Civil Veterinary Department Bihar & Orissa reports 1911-21 - 1911-1921
Year: 1911
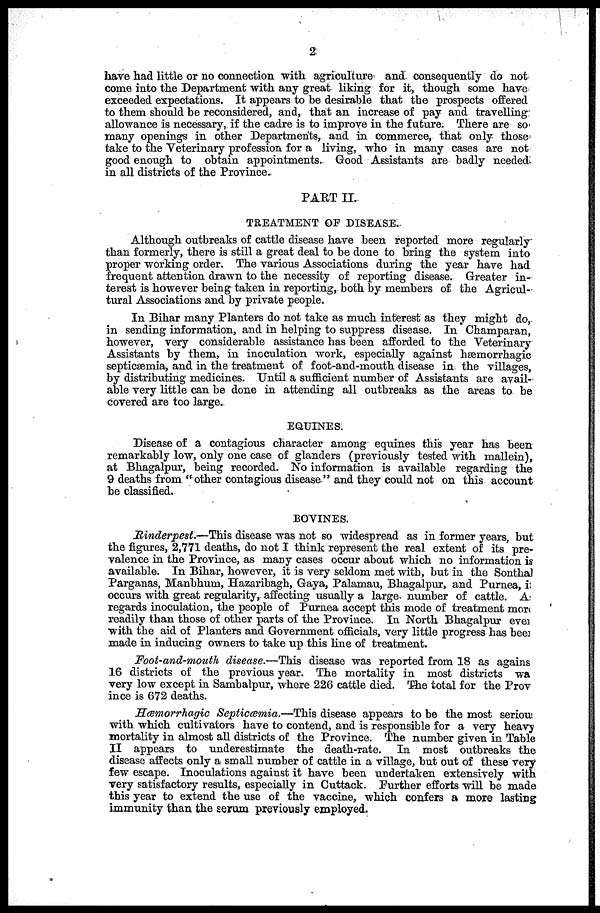
2
have had little or no connection with agriculture and consequently do not
come into the Department with any great liking for it, though some have
exceeded expectations. It appears to be desirable that the prospects offered
to them should be reconsidered, and, that an increase of pay and travelling
allowance is necessary, if the cadre is to improve in the future. There are so
many openings in other Departments, and in commerce, that only those
take to the Veterinary profession for a living, who in many cases are not
good enough to obtain appointments. Good Assistants are badly needed
in all districts of the Province.
PART II.
TREATMENT OF DISEASE.
Although outbreaks of cattle disease have been reported more regularly
than formerly, there is still a great deal to be done to bring the system into
proper working order. The various Associations during the year have had
frequent attention drawn to the necessity of reporting disease. Greater in-
terest is however being taken in reporting, both by members of the Agricul-
tural Associations and by private people.
In Bihar many Planters do not take as much interest as they might do,
in sending information, and in helping to suppress disease. In Champaran,
however, very considerable assistance has been afforded to the Veterinary
Assistants by them, in inoculation work, especially against hæmorrhagic
septicaemia, and in the treatment of foot-and-mouth disease in the villages,
by distributing medicines. Until a sufficient number of Assistants are avail-
able very little can be done in attending all outbreaks as the areas to be
covered are too large.
EQUINES.
Disease of a contagious character among equines this year has been
remarkably low, only one case of glanders (previously tested with mallein),
at Bhagalpur, being recorded. No information is available regarding the
9 deaths from "other contagious disease" and they could not on this account
be classified.
BOVINES.
Rinderpest.—This disease was not so widespread as in former years, but
the figures, 2,771 deaths, do not I think represent the real extent of its pre-
valence in the Province, as many cases occur about which no information is
available. In Bihar, however, it is very seldom met with, but in the Sonthal
Parganas, Manbhum, Hazaribagh, Gaya, Palamau, Bhagalpur, and Purnea, i
occurs with great regularity, affecting usually a large- number of cattle. A
regards inoculation, the people of Purnea accept this mode of treatment mor
readily than those of other parts of the Province. In North Bhagalpur even
with the aid of Planters and Government officials, very little progress has been
made in inducing owners to take up this line of treatment.
Foot-and-mouth disease.—This disease was reported from 18 as agains
16 districts of the previous year. The mortality in most districts wa
very low except in Sambalpur, where 226 cattle died. The total for the Prov
ince is 672 deaths.
Hæmorrhagic Septicæmia.—This disease appears to be the most serious
with which cultivators have to contend, and is responsible for a very heavy
mortality in almost all districts of the Province. The number given in Table
II appears to underestimate the death-rate. In most outbreaks the
disease affects only a small number of cattle in a village, but out of these very
few escape. Inoculations against it have been undertaken extensively with
very satisfactory results, especially in Cuttack. Further efforts will be made
this year to extend the use of the vaccine, which confers a more lasting
immunity than the serum previously employed.